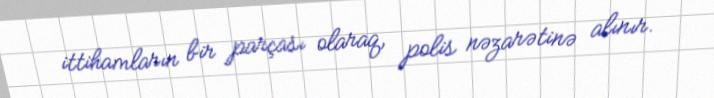
ittihamların bir parçası olaraq, polis nəzarətinə alınır.